Insane asylums Bombay 1873-77 - 1873-1877
Year: 1873
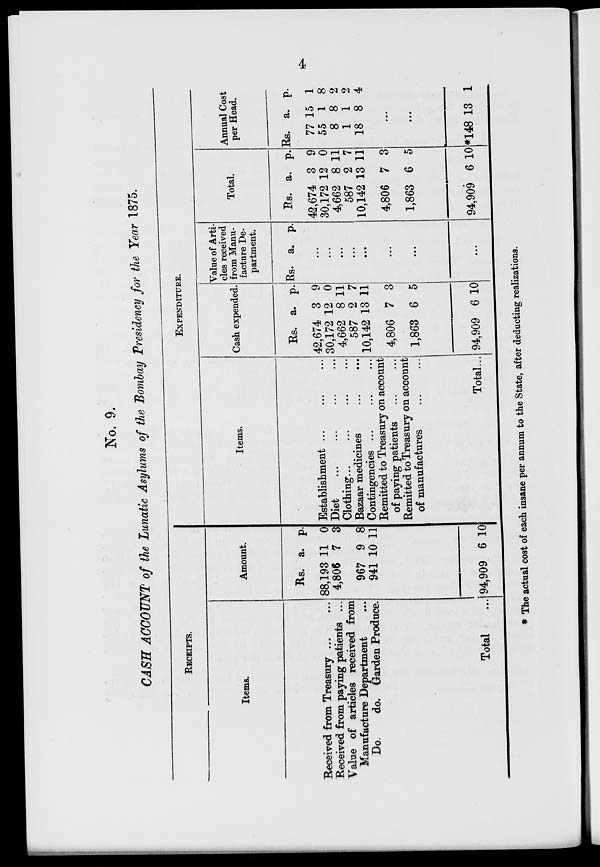
4
No. 9.
CASH ACCOUNT of the Lunatic Asylums of the Bombay Presidency for the Year 1875.
RECEIPT.
Items.
Received from Treasury
...
...
Received from paying patients ...
Value of articles received from
Manufacture Department ...
Do.
do. Garden Produce.
Total ...
Amount.
Rs.
88,193
4,806
967
941
94,909
a.
11
7
9
10
6
p.
0
3
8
11
10
EXPENDITURE.
Items.
Establishment
...
...
...
Diet ... ... ... ...
Clothing ... ... ... ...
Bazaar medicines ... ...
Contingencies ... ... ...
Remitted to Treasury on account
of paying patients ... ...
Remitted to Treasury on account
of manufactures ... ...
Total ...
Cash expended
Rs.
42,674
30,172
4,662
587
10,142
4,806
1,863
94,909
a.
3
12
8
2
13
7
6
6
p.
9
0
11
7
11
3
5
10
Value of Arti-
cles received
from Manu-
facture De-
partment.
Rs. a. p.
...
...
...
...
...
...
...
...
Total.
Rs.
42,674
30,172
4,662
587
10,142
4,806
1,863
94,909
a.
3
12
8
2
13
7
6
6
p.
9
0
11
7
11
3
5
10
Annual Cost
per Head.
Rs.
77
55
8
1
18
a.
15
1
8
1
8
p.
1
8
2
2
4
...
...
*148 13 1
* The actual cost of each insane per annum to the State, after deducting realizations.